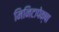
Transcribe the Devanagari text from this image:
मिनिटापेक्षा